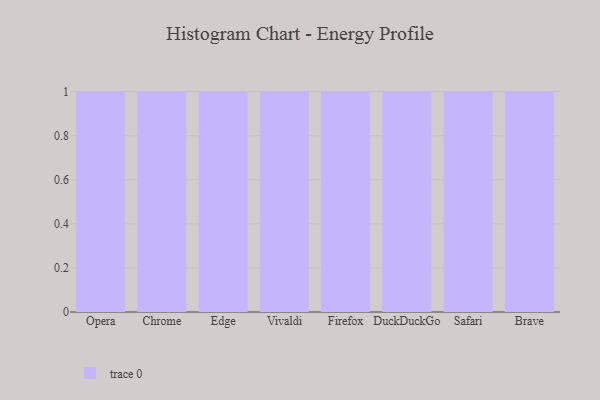
{"axis": {"x": "Browser", "y": "Operating Costs (USD K)"}, "legend": [""], "data": [{"x": "Opera", "y": 37, "type": ""}, {"x": "Chrome", "y": 60, "type": ""}, {"x": "Edge", "y": 15, "type": ""}, {"x": "Vivaldi", "y": 42, "type": ""}, {"x": "Firefox", "y": 62, "type": ""}, {"x": "DuckDuckGo", "y": 74, "type": ""}, {"x": "Safari", "y": 44, "type": ""}, {"x": "Brave", "y": 21, "type": ""}]}